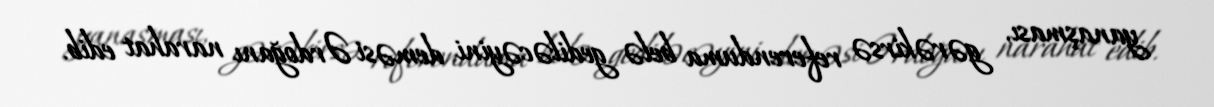
yanaşması, gərəkirsə referenduma belə gediləcəyini deməsi Ərdoğanı narahat edib.